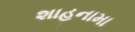
શાહનામા